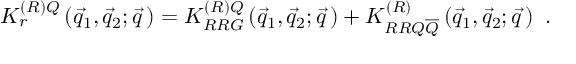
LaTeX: { \cal K } _ { r } ^ { \left( { \cal R } \right) Q } \left( \vec { q } _ { 1 } , \vec { q } _ { 2 } ; \vec { q } \, \right) = { \cal K } _ { R R G } ^ { \left( { \cal R } \right) Q } \left( \vec { q } _ { 1 } , \vec { q } _ { 2 } ; \vec { q } \, \right) + { \cal K } _ { R R Q \overline { { { Q } } } } ^ { \left( { \cal R } \right) } \left( \vec { q } _ { 1 } , \vec { q } _ { 2 } ; \vec { q } \, \right) ~ .